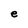
Character: e